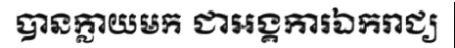
បានក្លាយមក ជាអង្គការឯករាជ្យ